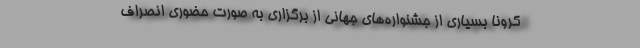
کرونا بسیاری از جشنواره‌های جهانی از برگزاری به صورت حضوری انصراف